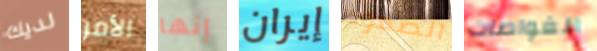
لديك الأمر إنها إيران الصعود الغواصات